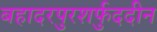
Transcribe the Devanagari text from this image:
बहादरपुरशर्फुददीन